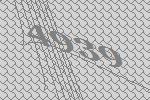
4939